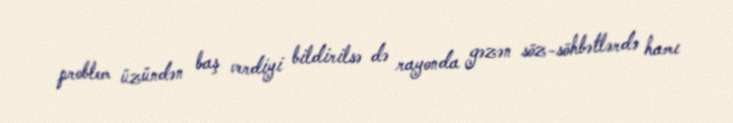
problem üzündən baş verdiyi bildirilsə də rayonda gəzən söz-söhbətlərdə hamı